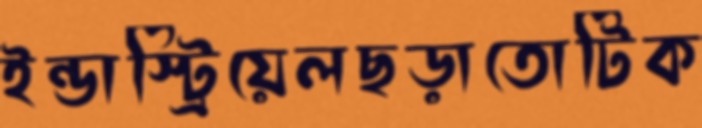
ইন্ডাস্ট্রিয়েলছড়াতোটিক